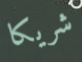
شريكا